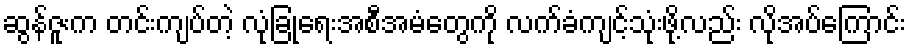
ဆွန်ဇူးက တင်းကျပ်တဲ့ လုံခြုံရေးအစီအမံတွေကို လက်ခံကျင့်သုံးဖို့လည်း လိုအပ်ကြောင်း